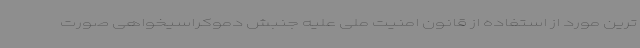
ترین مورد از استفاده از قانون امنیت ملی علیه جنبش دموکراسیخواهی صورت